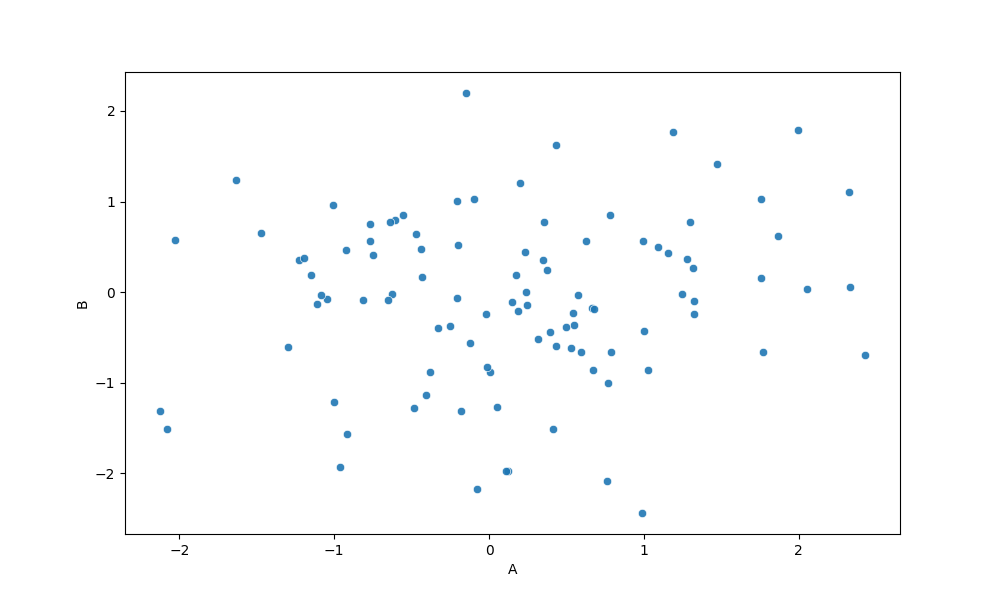
python, seaborn, scatterplot, hue='None', style='None', size='None', palette='muted', alpha=0.9